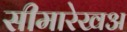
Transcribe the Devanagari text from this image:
सीमारेखअ